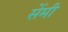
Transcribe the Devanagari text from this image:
सेेंमी